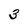
Character: 3